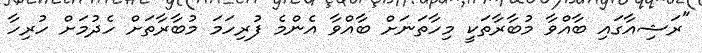
"ރަޝިއާގައި ބާއްވާ މުބާރާތަކީ މިހާތަނަށް ބާއްވާ އެންމެ ފުރިހަމަ މުބާރާތަށް ހެދުމަށް ހުރިހާ